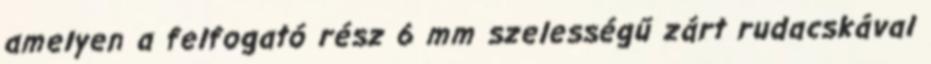
amelyen a felfogató rész 6 mm szelességű zárt rudacskával